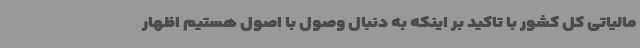
مالیاتی کل کشور با تاکید بر اینکه به دنبال وصول با اصول هستیم اظهار